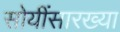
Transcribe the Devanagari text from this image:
सोयींसारख्या